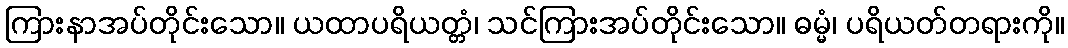
ကြားနာအပ်တိုင်းသော။ ယထာပရိယတ္တံ၊ သင်ကြားအပ်တိုင်းသော။ ဓမ္မံ၊ ပရိယတ်တရားကို။